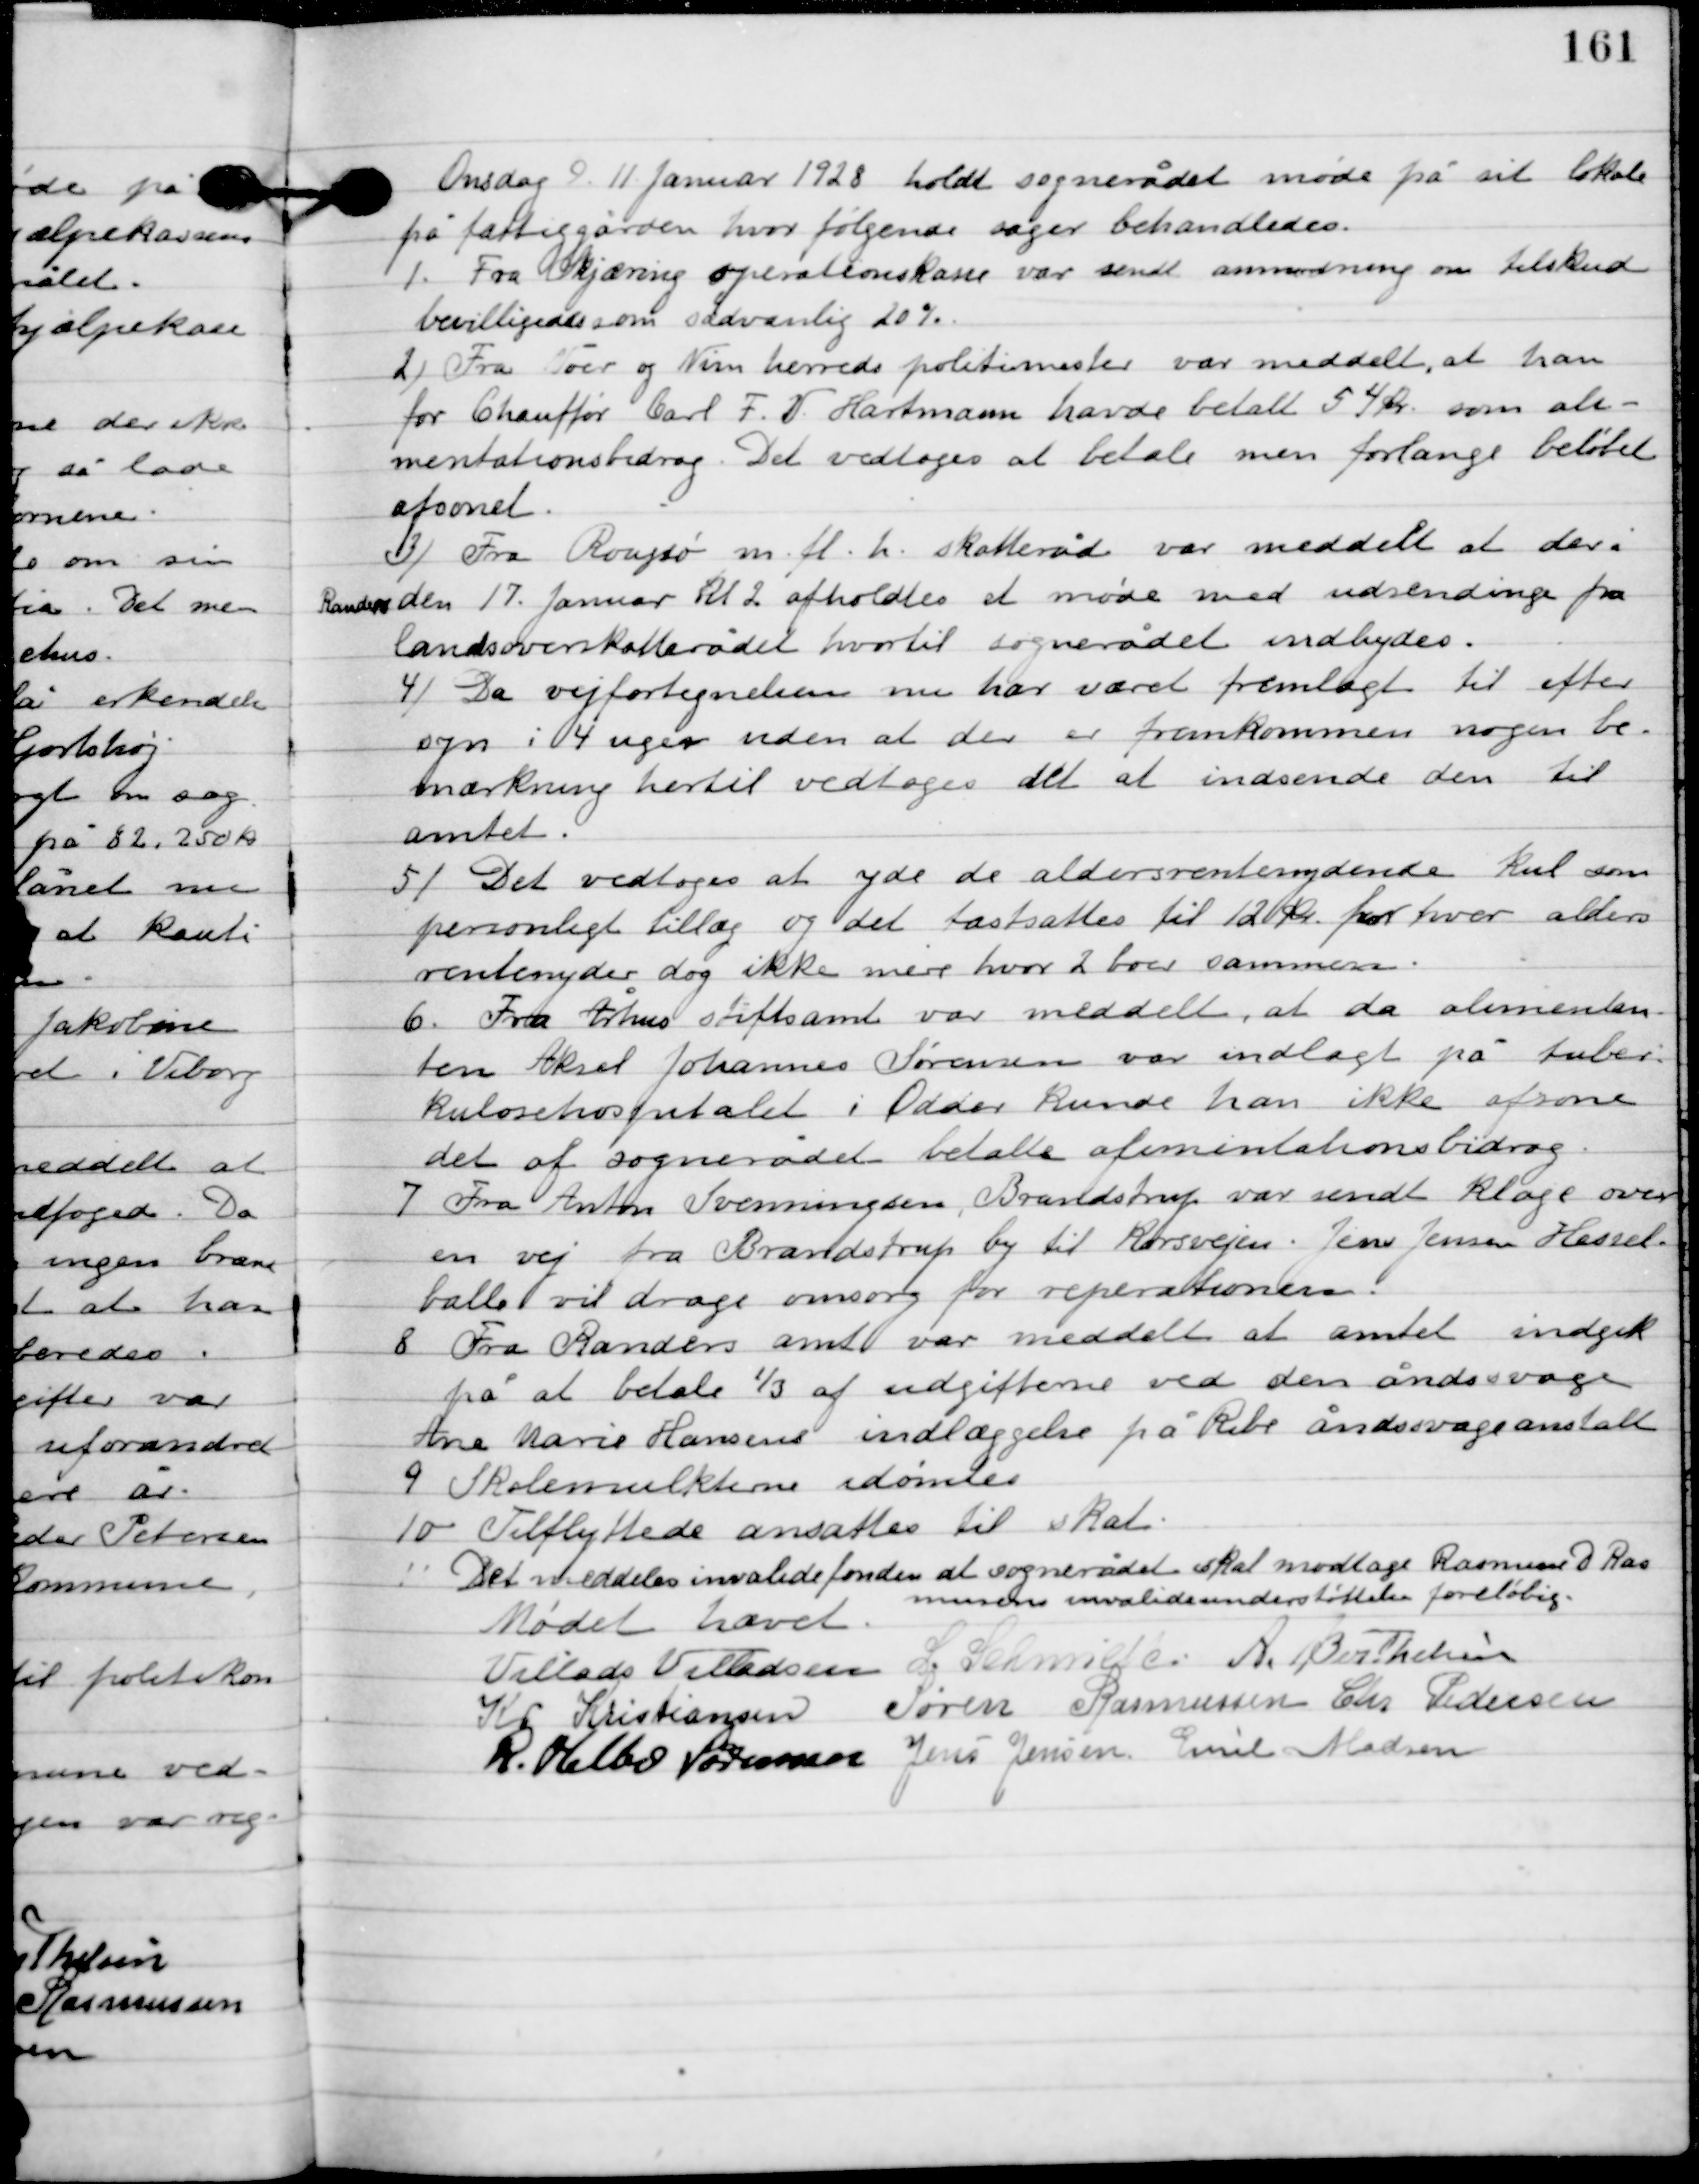
Transskription:
Onsdag D. 11. Januar 1928 holdt sognerådet møde på sit lokale
på fattiggården, hvor følgende sager behandledes.

1

Fra Skjæring operationskasse var sent anmodning om tilskud
bevilliges som sædvanlig 20 %.

2

Fra Voer og Nim herreds politimester var meddelt, at han
for Chauffør Carl F.V. Hartmann havde betalt 54 kr. som ali-
mentationsbidrag. Det vedtoges at betale men forlange beløbet
afsonet.

3

Fra Rougsø m. fl. h. skatteråd var meddelt at der i
Randers den 17. Januar kl. 2 afholdtes et møde med udsendinge fra
landsoverskatterådet hvortil sognerådet indbydes.

4

Da vejfortegnelsen nu har været fremlagt til efter-
syn i 4 uger uden at der r fremkommen nogen be-
mærkning hertil vedtoges det at indsende den til
amtet.

5

Det vedtoges at yde de aldersrentenydende kul som
personligt tillæg og det fastsattes til 120 kr. for hver alders-
rentenyder dog ikke mire hvor 2 boer sammen.

6

Fra Århus Stiftsamt var meddelt, at da alimentan-
ten Aksel Johannes Sørensen var indlagt på tuber-
kulosehospitalet i Odder kunde an ikke afsone
det af sognerådet betalte alimentationsbidrag.

7

Fra Anton Svenningsen, Brandstrup var sendt klage over
en vej fra Brandstrup by til Korsvejen. Jens Jensen Hessel-
balle vil drage omsorg for reparationen.

8

Fra Randers amt var meddelt at amtet indgik
på at betale 1/3 af udgifterne ved den åndsvage
Ane Marie Hansen s indlæggelse på Ribe åndsvageanstalt.

9

Skolemulkterne idømtes.

10

Tilflyttede ansattes til skat.

11

Det meddeles invalidefonden at sognerådet skal modtage Rasmus D. Ras-
mussen invalideunderstøttelse, foreløbig.

Mødet hævet

Villads J. Villadsen
I. Schmidt
A. Berthelsen
Kr. Kristiansen
Søren Rasmussen
Chr. Pedersen
R. Helbo Sørensen
Jens Jensen
Emil Madsen